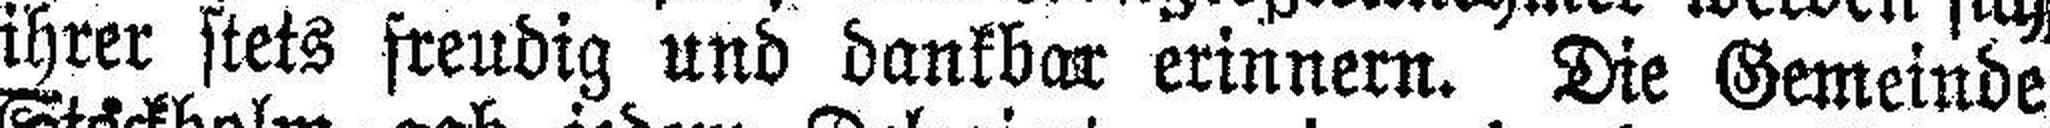
ihrer stets freudig und dankbar erinnern. Die Gemeinde